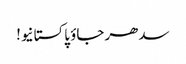
سدھر جاؤ پاکستانیو!